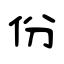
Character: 份